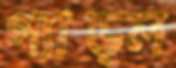
প্যাড্ল